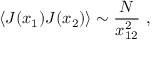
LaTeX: \langle J ( x _ { 1 } ) J ( x _ { 2 } ) \rangle \sim { \frac { N } { x _ { 1 2 } ^ { 2 } } } \ ,